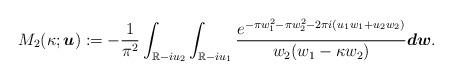
LaTeX: \begin{align*}M_2(\kappa; \boldsymbol{u}):=-\frac{1}{\pi^2} \int_{\mathbb{R} - i u_2} \int_{\mathbb{R}-iu_1} \frac{e^{-\pi w_1^2-\pi w_2^2-2 \pi i (u_1 w_1+u_2 w_2)}}{w_2(w_1-\kappa w_2)}\boldsymbol{dw}.\end{align*}